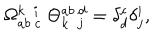
\Omega _ { a b \ c } ^ { k \ \ i } \ \Theta _ { k \ \ j } ^ { a b \ d } = \delta _ { d } ^ { c } \delta _ { j } ^ { i } ,